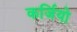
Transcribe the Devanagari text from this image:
कर्जियो